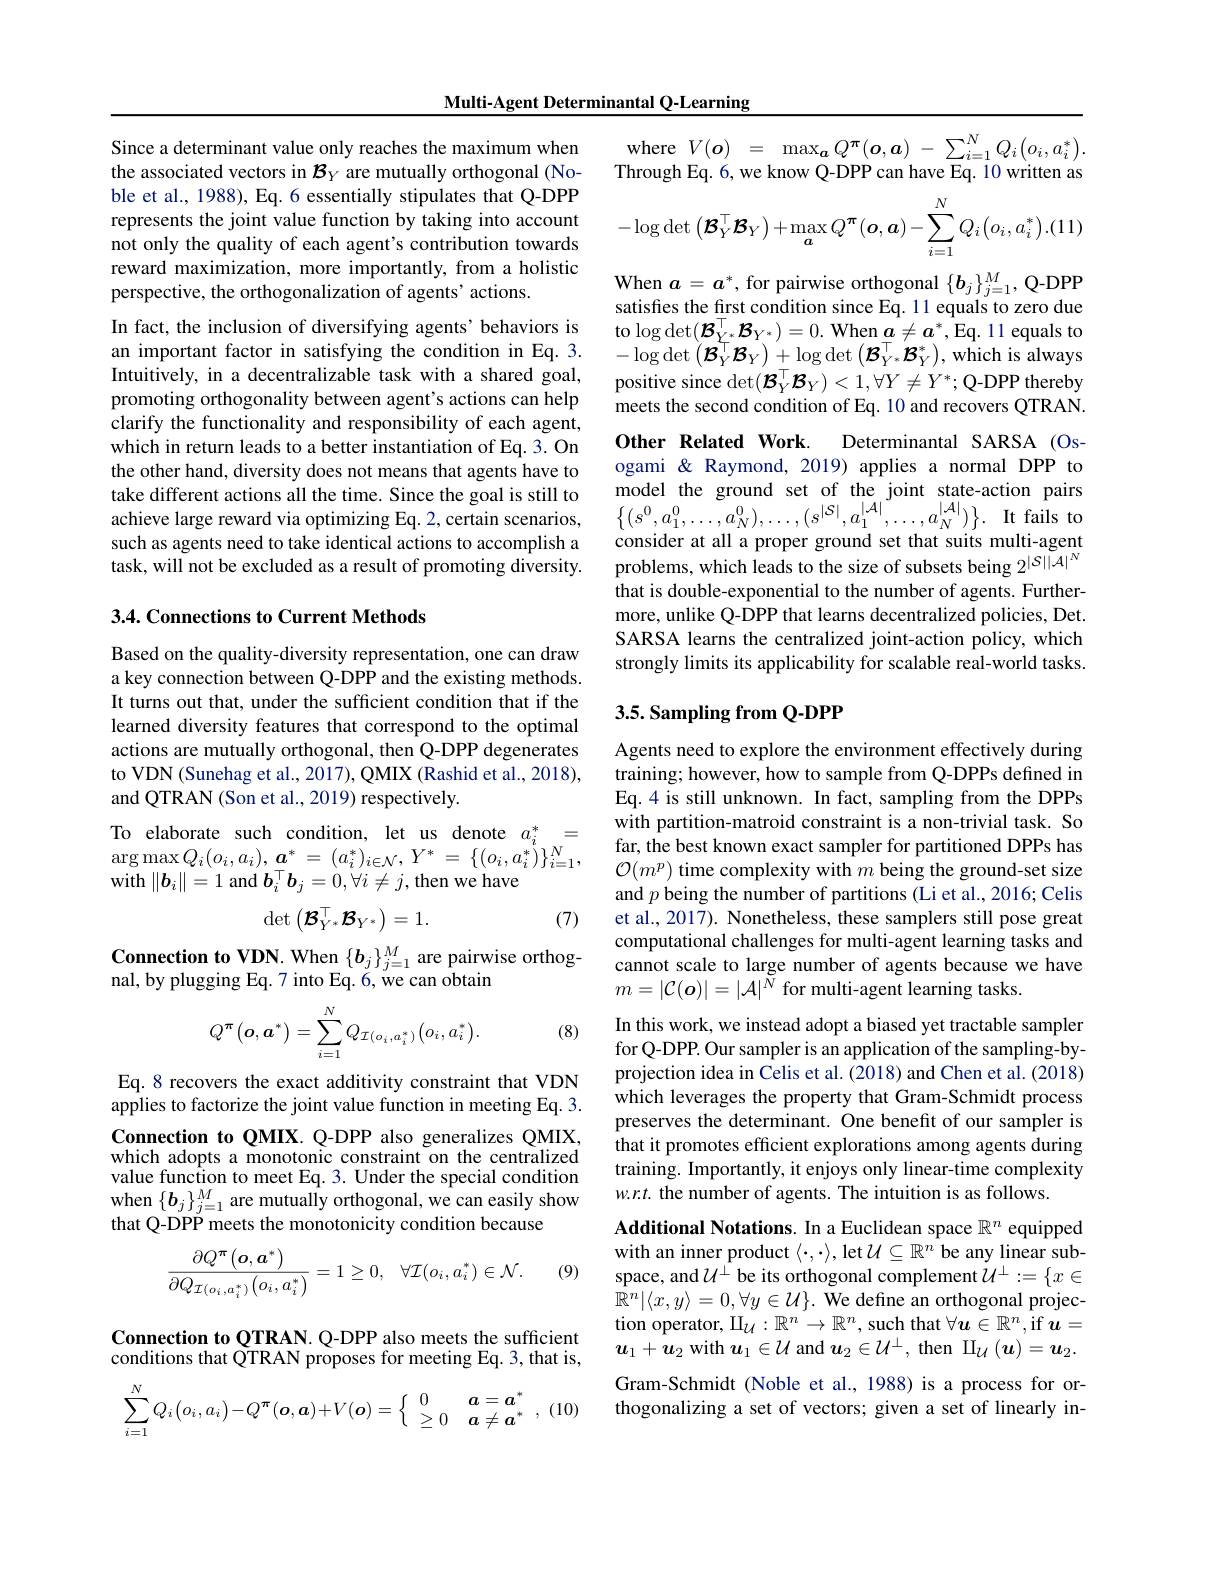
Multi-Agent Determinantal Q-Learning

Since a determinant value only reaches the maximum when the associated vectors in $\mathcal{B}_Y$ are mutually orthogonal (Noble et al., 1988), Eq. 6 essentially stipulates that Q-DPP represents the joint value function by taking into account not only the quality of each agent's contribution towards reward maximization, more importantly, from a holistic perspective, the orthogonalization of agents' actions.

In fact, the inclusion of diversifying agents’behaviors is an important factor in satisfying the condition in Eq.3. Intuitively, in a decentralizable task with a shared goal, promoting orthogonality between agent's actions can help clarify the functionality and responsibility of each agent, which in return leads to a better instantiation of Eq. 3. On the other hand, diversity does not means that agents have to take different actions all the time. Since the goal is still to achieve large reward via optimizing Eq. 2, certain scenarios, such as agents need to take identical actions to accomplish a task, will not be excluded as a result of promoting diversity.

### 3.4. Connections to Current Methods

Based on the quality-diversity representation, one can draw a key connection between Q-DPP and the existing methods. It turns out that, under the sufficient condition that if the learned diversity features that correspond to the optimal actions are mutually orthogonal, then Q-DPP degenerates to VDN (Sunehag et al., 2017), QMIX (Rashid et al., 2018), and QTRAN (Son et al., 2019) respectively.

To elaborate such condition, let us denote $a_i^*=$ $\arg \max Q_{i}( o_{i}, a_{i}) , \boldsymbol{a}^{* }$ = $( a_{i}^{* }) _{i\in \mathcal{N} }, Y^{* }$ = $\{ ( o_{i}, a_{i}^{* }) \} _{i= 1}^{N}$, with $\|\boldsymbol{b}_i\|=1$ and $\boldsymbol{b}_i^\top\boldsymbol{b}_j=0,\forall i\neq j$,then we have
$$\det\left(\mathcal{B}_{Y^*}^\top\mathcal{B}_{Y^*}\right)=1.$$
(7)

$\begin{array}{l}{\mathbf{Connection~to~VDN.~When~\{b_{j}\}_{j=1}^{M}~are~pairwise~orthog-}}\\{\mathrm{nal,~by~plugging~Eq.~7~into~Eq.~6,~we~can~obtain}}\end{array}$

(8)
$$Q^{\pi}\left(\boldsymbol{o},\boldsymbol{a}^{*}\right)=\sum_{i=1}^{N}Q_{\mathcal{I}(o_{i},a_{i}^{*})}\bigl(o_{i},a_{i}^{*}\bigr).$$
Eq.8 recovers the exact additivity constraint that VDN applies to factorize the joint value function in meeting Eq. 3. Connection to QMIX. Q-DPP also generalizes QMIX, which adopts a monotonic constraint on the centralized value function to meet Eq. 3. Under the special condition when $\{\boldsymbol{b}_j\}_{j=1}^M$ are mutually orthogonal, we can easily show that Q-DPP meets the monotonicity condition because
$$\frac{\partial Q^{\pi}\left(\boldsymbol{o},\boldsymbol{a}^{*}\right)}{\partial Q_{\mathcal{I}(o_{i},a_{i}^{*})}\left(o_{i},a_{i}^{*}\right)}=1\geq0,\quad\forall\mathcal{I}(o_{i},a_{i}^{*})\in\mathcal{N}.$$
(9)

Connection to QTRAN. Q-DPP also meets the sufficient conditions that QTRAN proposes for meeting Eq. 3, that is,
$$\sum_{i=1}^NQ_i\begin{pmatrix}o_i,a_i\end{pmatrix}-Q^\pi(\boldsymbol{o},\boldsymbol{a})+V(\boldsymbol{o})=\left\{\begin{array}{ll}0&\boldsymbol{a}=\boldsymbol{a}^*\\\geq0&\boldsymbol{a}\neq\boldsymbol{a}^*\end{array}\right.,$$
$\kappa$ , (10)
$$-\log\det\left(\boldsymbol{B}_{Y}^{\top}\boldsymbol{B}_{Y}\right)+\max_{\boldsymbol{a}}Q^{\pi}(\boldsymbol{o},\boldsymbol{a})-\sum_{i=1}^{N}Q_{i}\left(o_{i},a_{i}^{*}\right).(11$$
$\begin{array}{rcl}\mathrm{where~}V(o)&=&\max_{a}Q^{\pi}(o,a)\:-\:\sum_{i=1}^{N}Q_{i}\big(o_{i},a_{i}^{*}\big).\end{array}$ Through Eq. 6, we know Q-DPP can have Eq. 10 written as When $a=a^*$, for pairwise orthogonal $\{\boldsymbol b_j\}_{j=1}^M$, Q-DPP satisfies the first condition since Eq. 11 equals to zero due to $\log\det(\mathcal{B}_{Y^{\top}}^{\top}\mathcal{B}_{Y^{*}})=0.$ When $a\neq a^*$,Eq.11 equals to $-\log\det\left(\mathcal{B}_{Y}^{\top}\mathcal{B}_{Y}\right)+\log\det\left(\mathcal{B}_{Y^{*}}^{\top}\mathcal{B}_{Y}^{*}\right)$,which is always positive since $\det(\mathcal{B}_Y^\top\mathcal{B}_Y)<1,\forall Y\neq Y^*;$Q-DPP thereby meets the second condition of Eq. 10 and recovers QTRAN. Other Related Work.
Determinantal SARSA (Os-
ogami & Raymond, 2019) applies a normal DPP to model the ground set of the joint state-action pairs $\left \{ ( s^{0}, a_{1}^{0}, \ldots , a_{N}^{0}) , \ldots , ( s^{| \mathcal{S} | }, a_{1}^{| \mathcal{A} | }, \ldots , a_{N}^{| \mathcal{A} | }) \right \} .$ It fails to consider at all a proper ground set that suits multi-agent problems, which leads to the size of subsets being 2$^|S||\tilde{\mathcal{A}}|^N$ that is double-exponential to the number of agents. Furthermore, unlike Q-DPP that learns decentralized policies, Det. SARSA learns the centralized joint-action policy, which strongly limits its applicability for scalable real-world tasks.

## 3.5. Sampling from Q-DPP

Agents need to explore the environment effectively during training; however, how to sample from Q-DPPs defined in Eq.4 is still unknown. In fact, sampling from the DPPs with partition-matroid constraint is a non-trivial task. So far, the best known exact sampler for partitioned DPPs has $\mathcal{O}(m^{p})$ time complexity with $m$ being the ground-set size and $p$ being the number of partitions (Li et al., 2016; Celis et al., 2017). Nonetheless, these samplers still pose great computational challenges for multi-agent learning tasks and cannot scale to large number of agents because we have $m=|\mathcal{C}(\boldsymbol{o})|=|\mathcal{A}|^{\tilde{N}}$ for multi-agent learning tasks.

In this work, we instead adopt a biased yet tractable sampler for Q-DPP. Our sampler is an application of the sampling-byprojection idea in Celis et al. (2018) and Chen et al. (2018) which leverages the property that Gram-Schmidt process preserves the determinant. One benefit of our sampler is that it promotes efficient explorations among agents during training. Importantly, it enjoys only linear-time complexity $w.r.t$ the number of agents. The intuition is as follows.

Additional Notations. In a Euclidean space $\mathbb{R}^n$ equipped with an inner product $\langle\cdot,\cdot\rangle$,let $\mathcal{U}\subseteq\mathbb{R}^n$ be any linear subspace, and$\mathcal{U}^\perp$ be its orthogonal complement $\mathcal{U}^\perp:=\{x\in$ $\mathbb{R}^n|\langle x,y\rangle=0,\forall y\in\mathcal{U}\}.$ We define an orthogonal projection operator, $\amalg_{\mathcal{U}}:\mathbb{R}^n\to\mathbb{R}^n$, such that $\forall\boldsymbol{u}\in\mathbb{R}^n$,if $\boldsymbol{u}=$ $\boldsymbol{u}_1+\boldsymbol{u}_2$ with $\boldsymbol u_1\in\mathcal{U}$ and $\boldsymbol u_2\in\mathcal{U}^\perp$, then $\operatorname{II}_\mathcal{U}\left(\boldsymbol{u}\right)=\boldsymbol{u}_2.$ Gram-Schmidt (Noble et al., 1988) is a process for orthogonalizing a set of vectors; given a set of linearly in-